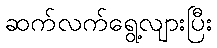
ဆက်လက်ရွေ့လျားပြီး